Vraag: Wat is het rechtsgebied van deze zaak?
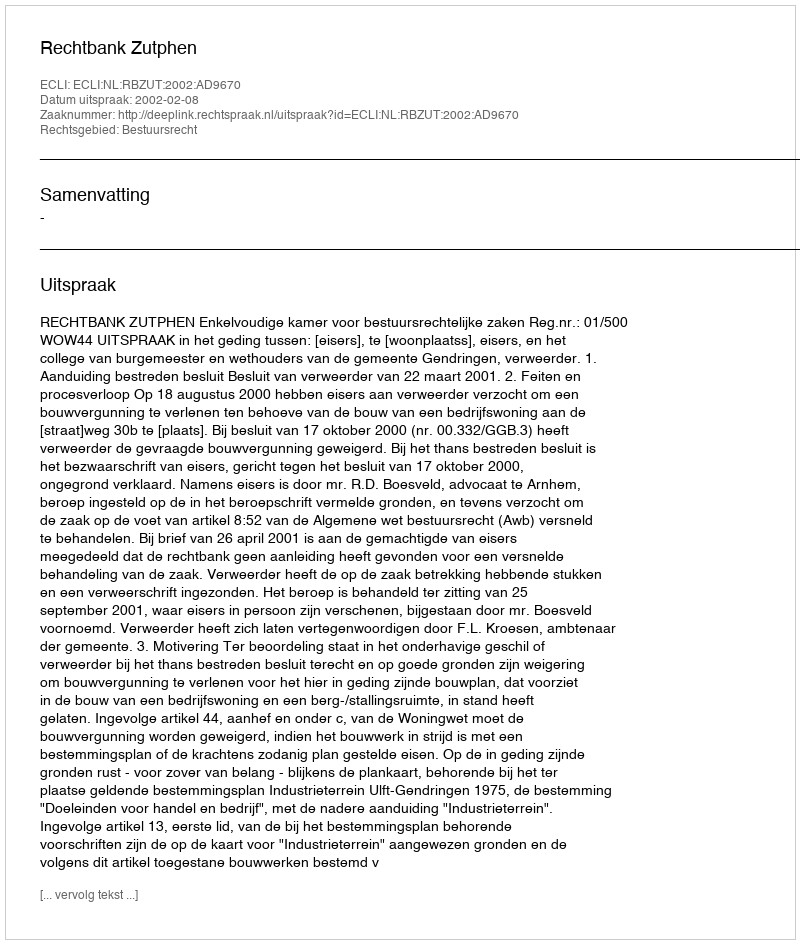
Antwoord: Bestuursrecht